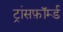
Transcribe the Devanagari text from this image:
ट्रांसफ़ॉर्म्ड